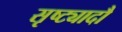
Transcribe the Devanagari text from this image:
सृष्ट्यादौ